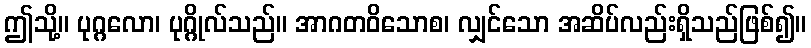
ဤသို့။ ပုဂ္ဂလော၊ ပုဂ္ဂိုလ်သည်။ အာဂတဝိသောစ၊ လျှင်သော အဆိပ်လည်းရှိသည်ဖြစ်၍။